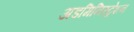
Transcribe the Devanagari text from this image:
अडमिनिस्ट्रेशन